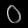
Digit: ၀